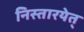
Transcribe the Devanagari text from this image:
निस्तारयेत्